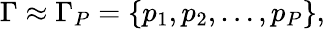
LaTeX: \Gamma\approx\Gamma_{P}=\{ p_{1},p_{2},\dots,p_{P}\} ,